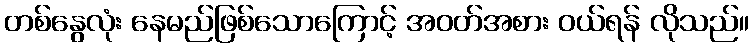
တစ်နွေလုံး နေမည်ဖြစ်သောကြောင့် အဝတ်အစား ဝယ်ရန် လိုသည်။